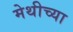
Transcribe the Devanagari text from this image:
मेथीच्या